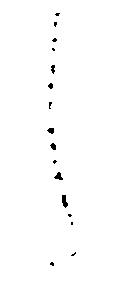
し